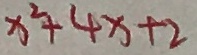
x ^ { 2 } + 4 x + 2